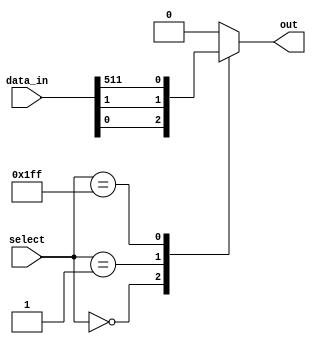
module mux_512to1 (
    input [511:0] data_in,
    input [8:0] select,
    output reg out
);

always @* begin
    case (select)
        9'b000000000: out = data_in[0];
        9'b000000001: out = data_in[1];
        // add more cases for each data input line
        // ...
        9'b111111111: out = data_in[511];
        default: out = 0; // default output when select line is invalid
    endcase
end

endmodule